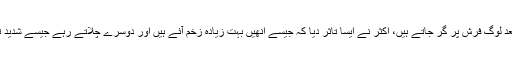
دھماکے کے بعد لوگ فرش پر گر جاتے ہیں، اکثر نے ایسا تاثر دیا کہ جیسے انھیں بہت زیادہ زخم آئے ہیں اور دوسرے چلاتے رہے جیسے شدید تکلیف میں ہوں۔